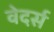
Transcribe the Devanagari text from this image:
वेदर्स